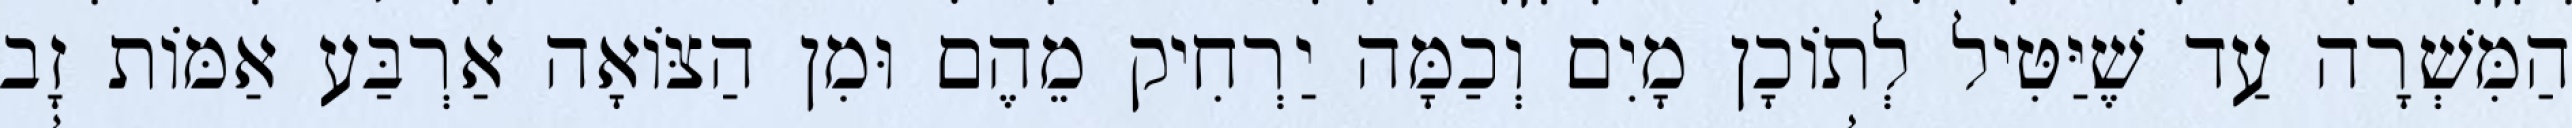
הַמִּשְׁרָה עַד שֶׁיַּטִּיל לְתוֹכָן מָיִם וְכַמָּה יַרְחִיק מֵהֶם וּמִן הַצּוֹאָה אַרְבַּע אַמּוֹת זָב